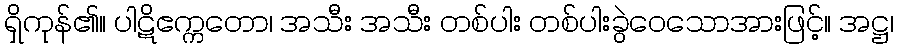
ရှိကုန်၏။ ပါဋိဧက္ကတော၊ အသီး အသီး တစ်ပါး တစ်ပါးခွဲဝေသောအားဖြင့်။ အဋ္ဌ၊